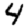
Digit: 4